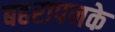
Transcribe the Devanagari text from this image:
बहरापनके